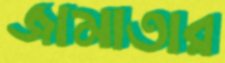
জামাতার